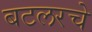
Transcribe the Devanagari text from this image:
बटलरचे